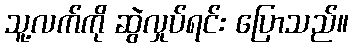
သူ့လက်ကို ဆွဲလှုပ်ရင်း ပြောသည်။